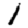
Digit: 1